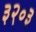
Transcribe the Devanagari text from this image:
३२०३